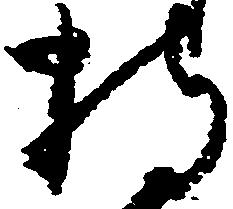
持